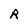
Character: R